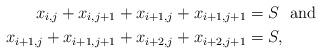
LaTeX: \begin{align*} x_{i,j} + x_{i,j+1} + x_{i+1,j} + x_{i+1,j+1} &= S \mbox{ \ and} \\ x_{i+1,j} + x_{i+1,j+1} + x_{i+2,j} + x_{i+2,j+1} &=S, \end{align*}